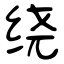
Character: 绕